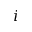
i